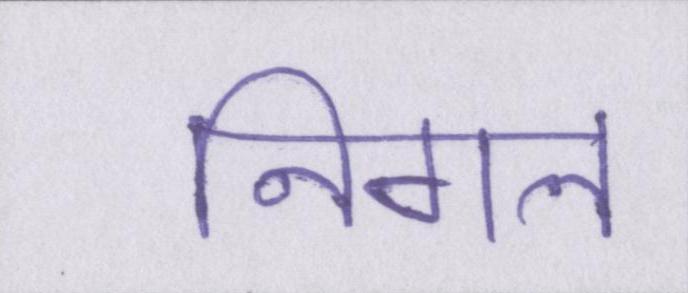
निगल